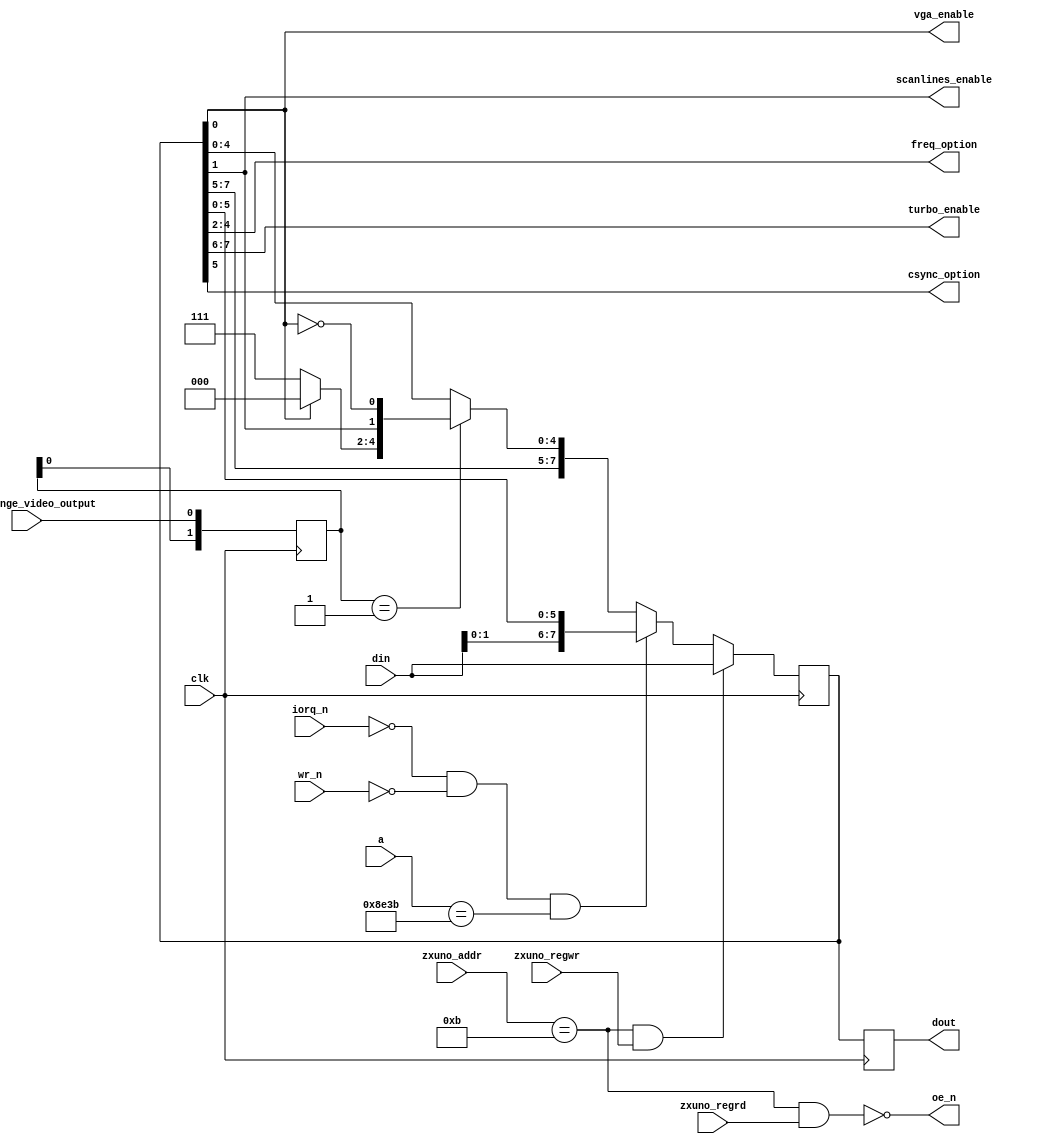
module scandoubler_ctrl (
    input wire clk,
    input wire [15:0] a,
    input wire kbd_change_video_output,
    input wire iorq_n,
    input wire wr_n,
    input wire [7:0] zxuno_addr,
    input wire zxuno_regrd,
    input wire zxuno_regwr,
    input wire [7:0] din,
    output reg [7:0] dout,
    output wire oe_n,
    output wire vga_enable,
    output wire scanlines_enable,
    output wire [2:0] freq_option,
    output wire [1:0] turbo_enable,
    output wire csync_option
    );

    parameter SCANDBLCTRL = 8'h0B;
    parameter PRISMSPEEDCTRL = 16'h8e3b;  // PRISM speed control: bits D0-D3. We use TURBO=1 if D0-D3>0
    
    assign oe_n = ~(zxuno_addr == SCANDBLCTRL && zxuno_regrd == 1'b1);
    
    assign vga_enable = scandblctrl[0];
    assign scanlines_enable = scandblctrl[1];
    assign freq_option = scandblctrl[4:2];
    assign turbo_enable = scandblctrl[7:6];
    assign csync_option = scandblctrl[5];
    
    reg [7:0] scandblctrl = 8'h00;  // initial value
    reg [1:0] kbd_change_video_edge_detect = 2'b00;

    always @(posedge clk) begin
        kbd_change_video_edge_detect <= {kbd_change_video_edge_detect[0], kbd_change_video_output};
        if (zxuno_addr == SCANDBLCTRL && zxuno_regwr == 1'b1)
            scandblctrl <= din;
        else if (iorq_n == 1'b0 && wr_n == 1'b0 && a == PRISMSPEEDCTRL)
            scandblctrl <= {din[1:0], scandblctrl[5:0]};
        else if (kbd_change_video_edge_detect == 2'b01) begin
            scandblctrl <= {scandblctrl[7:5], ((scandblctrl[0] == 1'b0)? 3'b111 : 3'b000), scandblctrl[1], ~scandblctrl[0]};
        end
        dout <= scandblctrl;
    end
endmodule